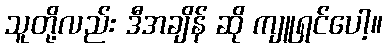
သူတို့လည်း ဒီအချိန် ဆို ကျူရှင်ပေါ့။